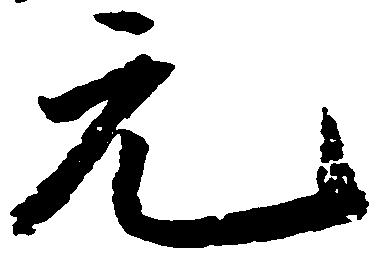
元